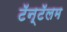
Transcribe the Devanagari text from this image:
टॅन्टॅलम